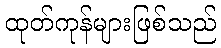
ထုတ်ကုန်များဖြစ်သည်